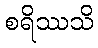
စရိဿသိ